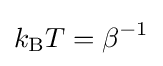
k_{\rm {B}}T=\beta ^{-1}